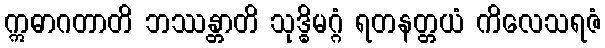
ဣဓာဂတာတိ ဘဿန္တာတိ သုဒ္ဓိမဂ္ဂံ ရတနတ္တယံ ကိလေသရဇံ